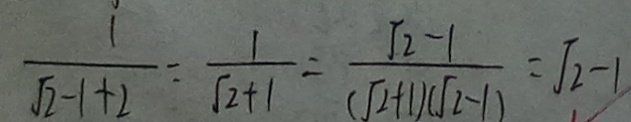
\frac { 1 } { \sqrt { 2 } - 1 + 2 } = \frac { 1 } { \sqrt { 2 } + 1 } = \frac { \sqrt { 2 } - 1 } { ( \sqrt { 2 } + 1 ) ( \sqrt { 2 } - 1 ) } = \sqrt { 2 } - 1